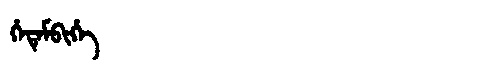
Manchu: ᡥᡝᡨᡝᠮᠪᡳᡥᡝ
Romanization: HETEMBIHE